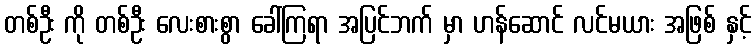
တစ်ဦး ကို တစ်ဦး လေးစားစွာ ခေါ်ကြရာ အပြင်ဘက် မှာ ဟန်ဆောင် လင်မယား အဖြစ် နှင့်